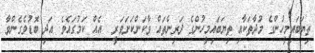
ތިޔަބައިމީހުންގެ މުދާތަކާއި ތިޔަބައިމީހުންގެ ދަރިންތައް ވާކަންކަށަވަރީ  އެއް ކަމުގައެވެ. އަދި ބޮޑުވެގެންވާ